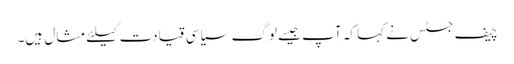
چیف جسٹس نے کہا کہ آپ جیسے لوگ سیاسی قیادت کیلئے مثال ہیں۔